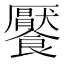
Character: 饜